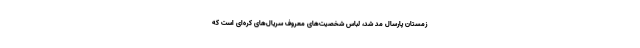
زمستان پارسال مد شد، لباس شخصیت‌های معروف سریال‌های کره‌ای است که